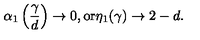
\alpha _ { 1 } \left( \frac { \gamma } { d } \right) \rightarrow 0 , \mathrm { o r } \eta _ { 1 } ( \gamma ) \rightarrow 2 - d .